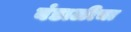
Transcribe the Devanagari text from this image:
बंडाळीचा